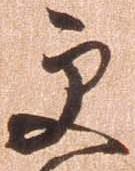
更